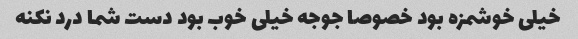
خیلی خوشمزه بود خصوصا جوجه خیلی خوب بود دست شما درد نکنه